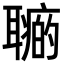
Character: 𦗽